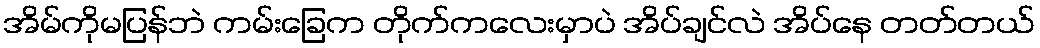
အိမ်ကိုမပြန်ဘဲ ကမ်းခြေက တိုက်ကလေးမှာပဲ အိပ်ချင်လဲ အိပ်နေ တတ်တယ်